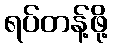
ရပ်တန့်ဖို့